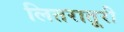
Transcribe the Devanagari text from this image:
लितरातूरी